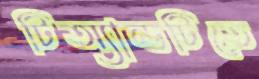
টিঅ্যান্ডটিতে